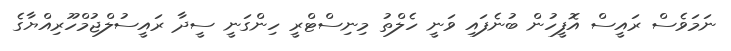
ނަމަވެސް ރައީސް އޮފީހުން ބުނެފައި ވަނީ ހެލްތު މިނިސްޓްރީ ހިންގަނީ ސީދާ ރައީސުލްޖުމްހޫރިއްޔާގެ